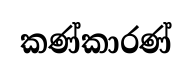
කණ්කාරණ්